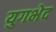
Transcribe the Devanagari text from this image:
युगभेद